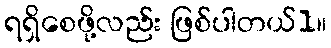
ရရှိစေဖို့လည်း ဖြစ်ပါတယ်1။